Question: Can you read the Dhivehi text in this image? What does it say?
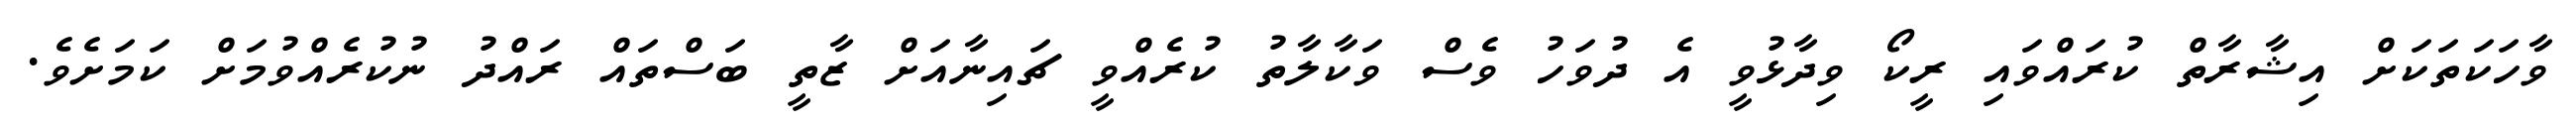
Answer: ވާހަކަތަކަށް އިޝާރާތް ކުރައްވައި ރީކޯ ވިދާޅުވީ އެ ދުވަހު ވެސް ވަކާލާތު ކުރެއްވީ ޗައިނާއަށް ޒާތީ ބަސްތައް ރައްދު ނުކުރެއްވުމަށް ކަމަށެވެ.